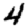
Digit: 4